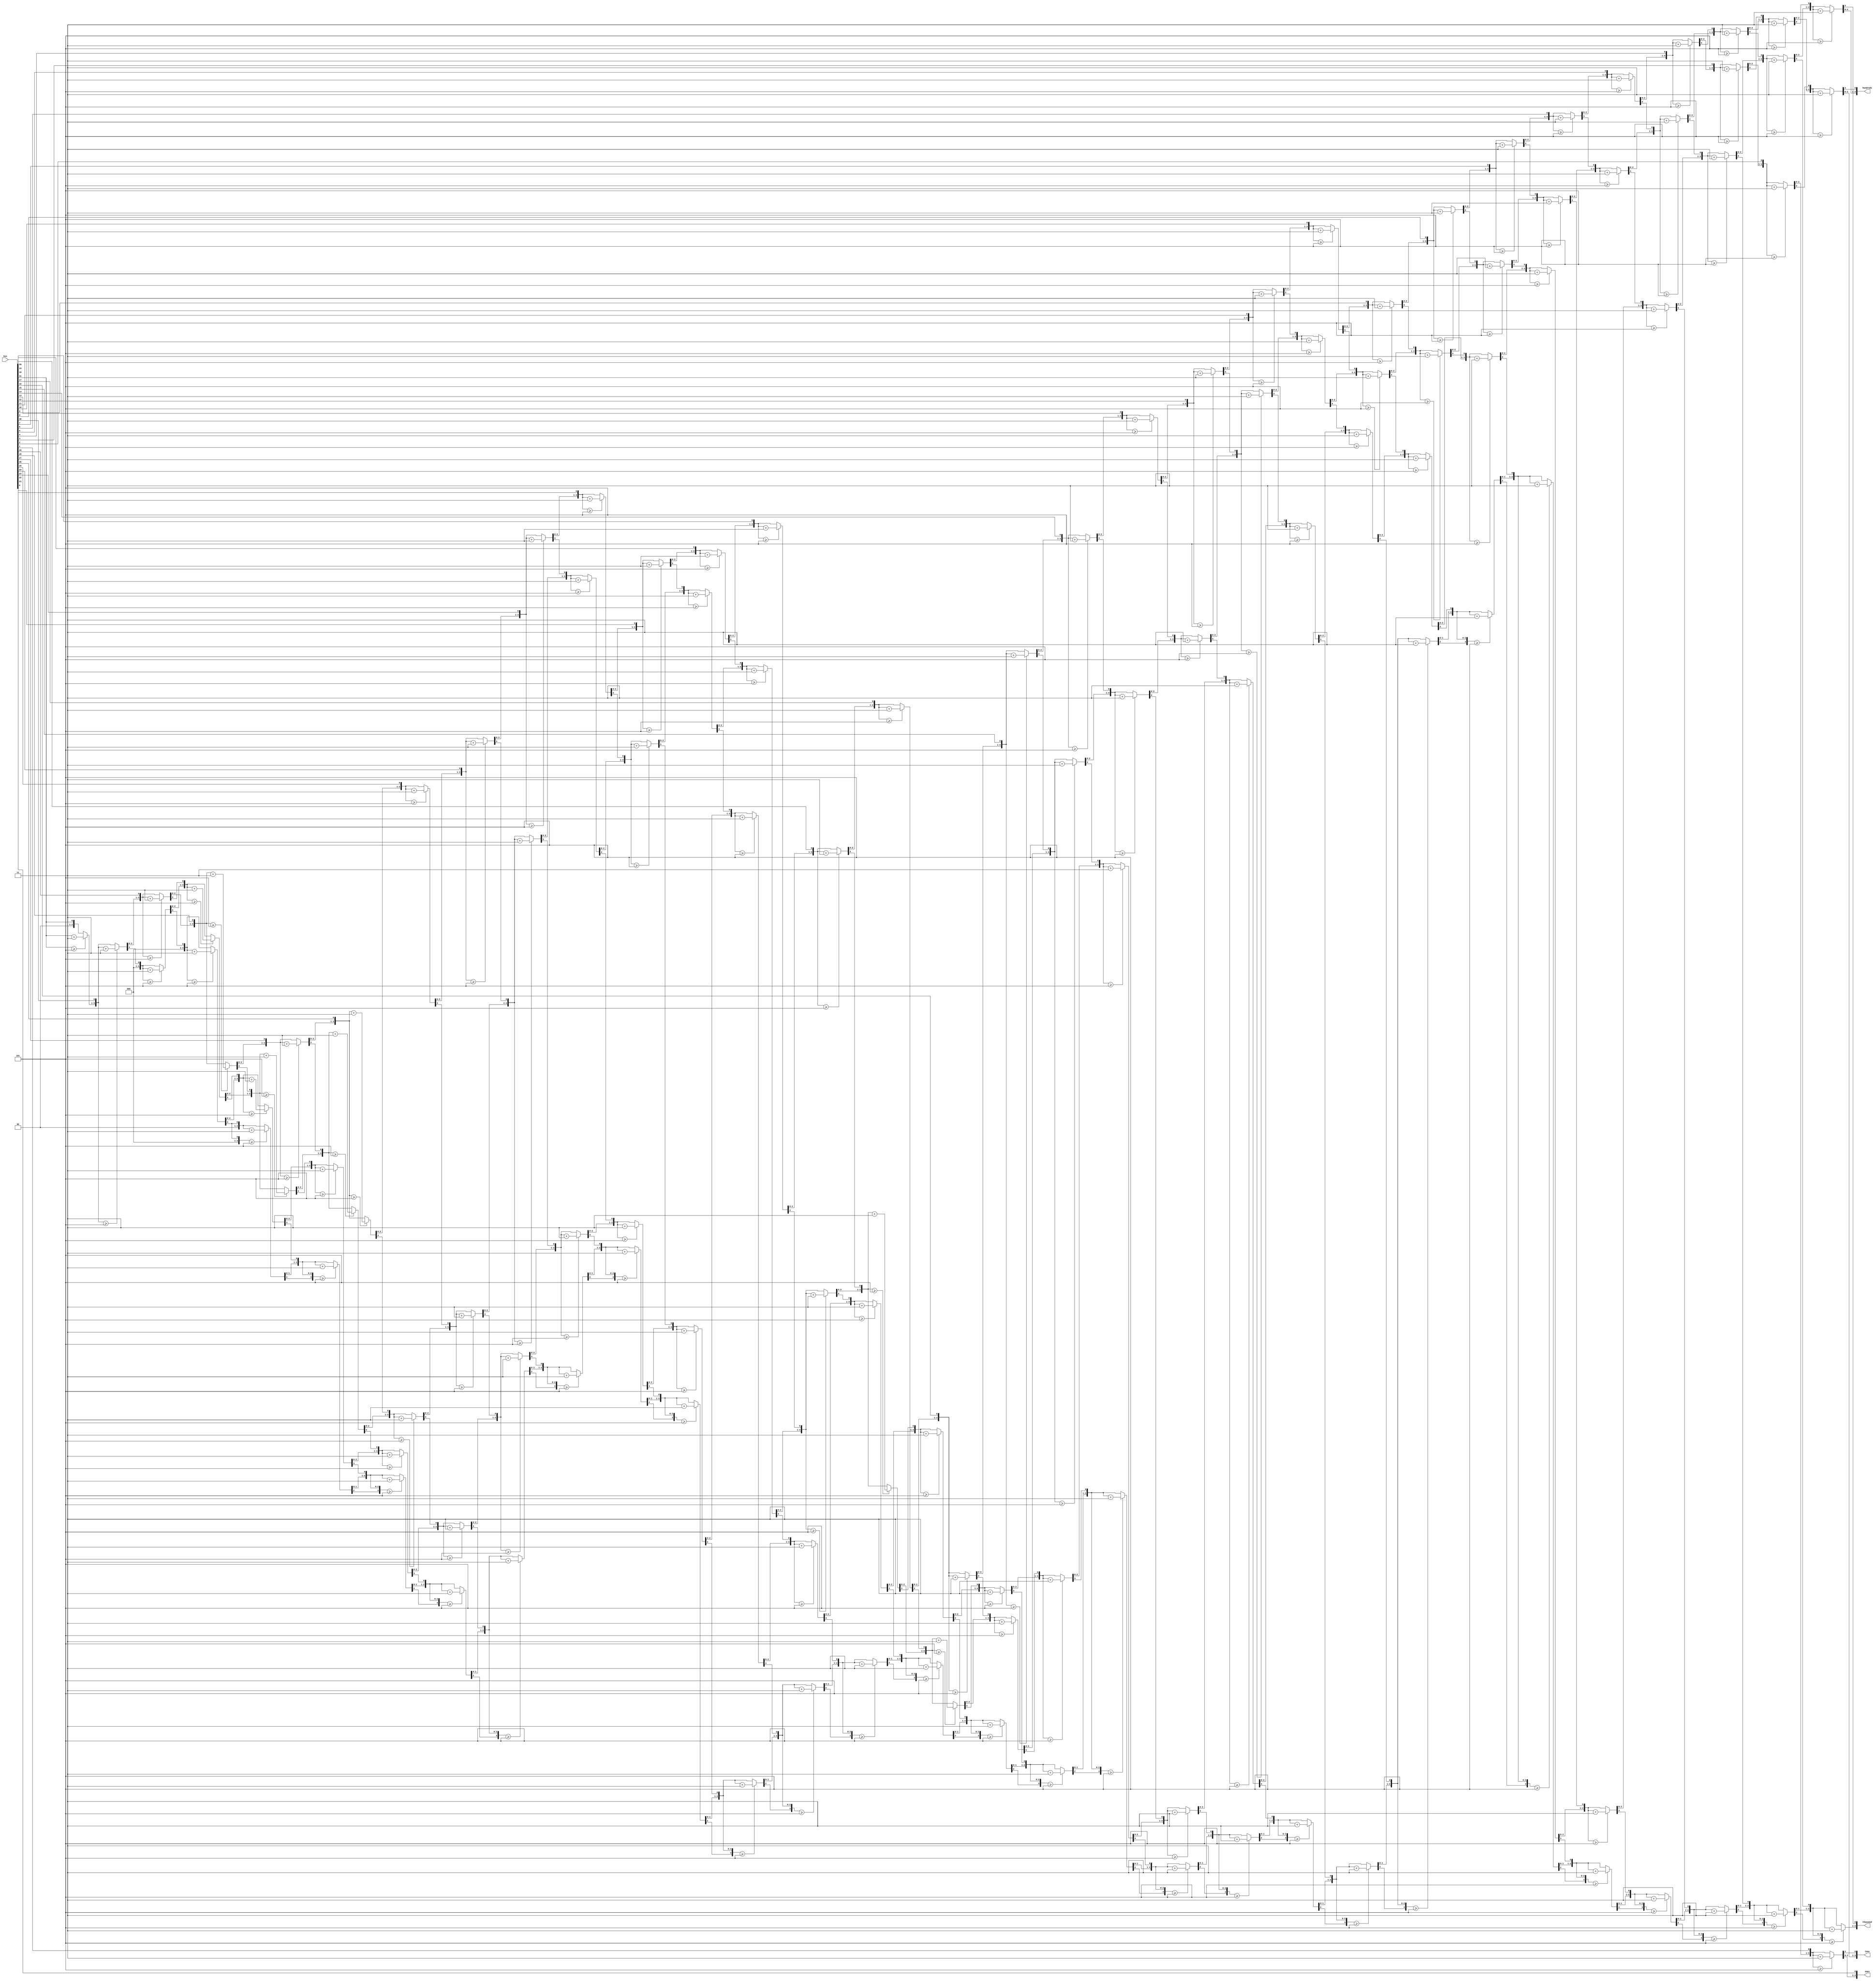
module bin2bcd(bin, thousand, hundreds, tens, ones);
	input [31:0] bin;
	output reg [3:0] thousand;
	output reg [3:0] hundreds;
	output reg [3:0] tens;
	output reg [3:0] ones;
	reg [15:0] bcd;
	   
	integer i;
		
	always@(bin) begin
		bcd=0;		 	
		for (i=0;i<32;i=i+1) begin	
			if (bcd[3:0] >= 5) bcd[3:0] = bcd[3:0] + 3;	
			if (bcd[7:4] >= 5) bcd[7:4] = bcd[7:4] + 3;
			if (bcd[11:8] >= 5) bcd[11:8] = bcd[11:8] + 3;
			if (bcd[15:12] >= 5) bcd[15:12] = bcd[15:12] + 3;
			bcd = {bcd[14:0],bin[31-i]};			
		end
		thousand = bcd[15:12];
		hundreds = bcd[11:8];
		tens = bcd[7:4];
		ones = bcd[3:0];
	end
endmodule